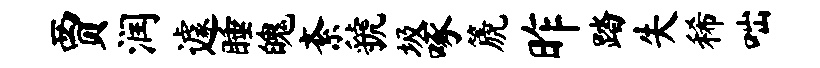
贾润遽睡魄紊虢圾啄篪昨踏失稀咄